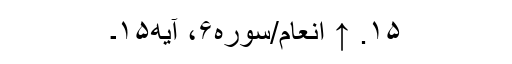
۱۵. ↑ انعام/سوره۶، آیه۱۵۔